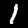
Label: 1